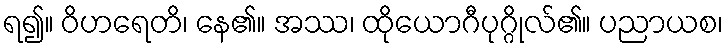
ရ၍။ ဝိဟရေတိ၊ နေ၏။ အဿ၊ ထိုယောဂီပုဂ္ဂိုလ်၏။ ပညာယစ၊